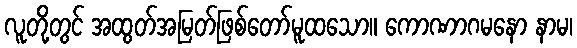
လူတို့တွင် အထွတ်အမြတ်ဖြစ်တော်မူထသော။ ကောဏာဂမနော နာမ၊